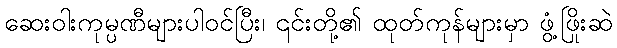
ဆေးဝါးကုမ္ပဏီများပါဝင်ပြီး၊ ၎င်းတို့၏ ထုတ်ကုန်များမှာ ဖွံ့ဖြိုးဆဲ